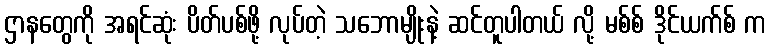
ဌာနတွေကို အရင်ဆုံး ပိတ်ပစ်ဖို့ လုပ်တဲ့ သဘောမျိုးနဲ့ ဆင်တူပါတယ် လို့ မစ်စ် ဒိုင်ယက်စ် က